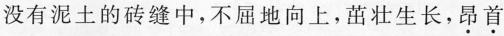
没有泥土的砖缝中，不屈地向上，茁壮生长，\underset{·}{昂}\underset{·}{首}